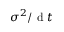
{ \sigma } ^ { 2 } / \mathrm { ~ d ~ } t